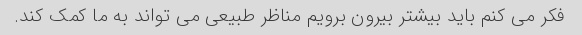
فکر می کنم باید بیشتر بیرون برویم مناظر طبیعی می تواند به ما کمک کند.